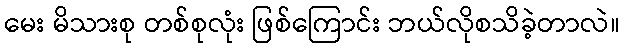
မေး မိသားစု တစ်စုလုံး ဖြစ်ကြောင်း ဘယ်လိုစသိခဲ့တာလဲ။